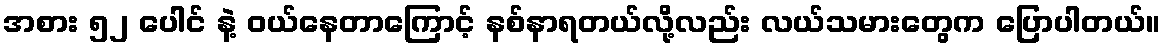
အစား ၅၂ ပေါင် နဲ့ ဝယ်နေတာကြောင့် နစ်နာရတယ်လို့လည်း လယ်သမားတွေက ပြောပါတယ်။